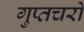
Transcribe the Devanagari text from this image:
गुप्‍तचरो